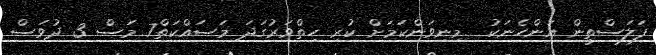
ފަލަސްތީން އަންހެނަކު  މިނިވަންކަމަށް ކުރި ހިތްވަރުގަދަ މަސައްކަތް7 މަސް 3 ދުވަސް